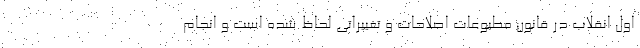
اول انقلاب در قانون مطبوعات اصلاحات و تغییراتی لحاظ شده است و انجام